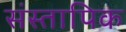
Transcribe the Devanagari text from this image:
संस्तापिक